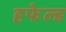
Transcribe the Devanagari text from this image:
हफेल्ड